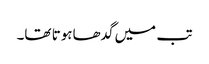
تب میں گدھاہوتا تھا۔